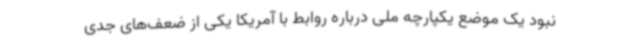
نبود یک موضع یکپارچه ملی درباره روابط با آمریکا یکی از ضعف‌های جدی